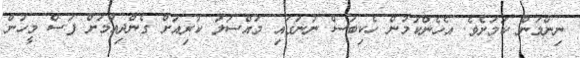
ނިންމަން ކަމަށެވެ. އެހެންކަމުން ހެކިބަސް ނުނަގައި މައްސަލަ ކުރިއަށް ގެންދިއުމަށް ފަސް މީހުން